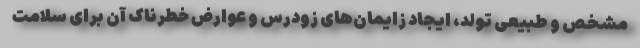
مشخص و طبیعی تولد، ایجاد زایمان‌های زودرس و عوارض خطرناک آن برای سلامت